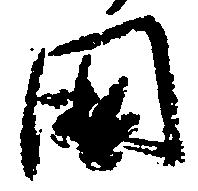
国